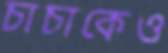
চাচাকেও